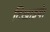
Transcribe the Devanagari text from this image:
दिखाइये।